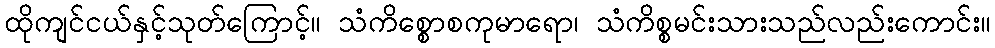
ထိုကျင်ငယ်နှင့်သုတ်ကြောင့်။ သံကိစ္စောစကုမာရော၊ သံကိစ္စမင်းသားသည်လည်းကောင်း။